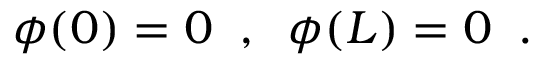
\phi ( 0 ) = 0 \; \; , \; \; \phi ( L ) = 0 \; \; .